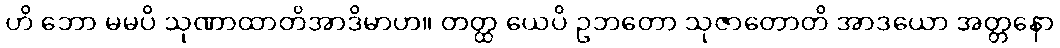
ဟိ ဘော မမပိ သုဏာထာတိအာဒိမာဟ။ တတ္ထ ယေပိ ဥဘတော သုဇာတောတိ အာဒယော အတ္တနော